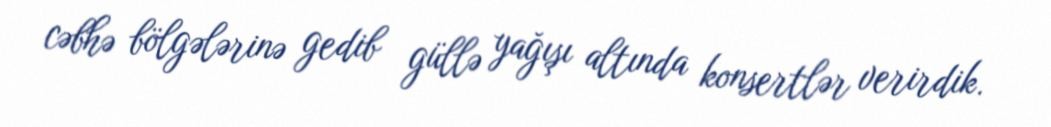
cəbhə bölgələrinə gedib güllə yağışı altında konsertlər verirdik.